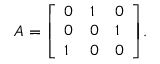
A = { \left[ \begin{array} { l l l } { 0 } & { 1 } & { 0 } \\ { 0 } & { 0 } & { 1 } \\ { 1 } & { 0 } & { 0 } \end{array} \right] } .